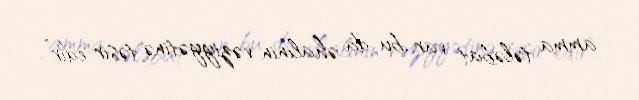
amma tələbat var, bu da əhalinin vəziyyətinə təsir edir”.